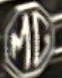
MG